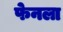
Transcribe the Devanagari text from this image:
फेनला